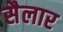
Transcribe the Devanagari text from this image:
सैलार